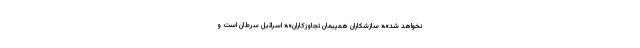
نخواهد شد»،« سازشکاران همپیمان تجاوزکاران»،« اسرائیل سرطان است و